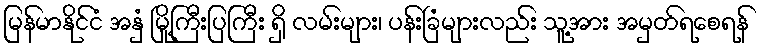
မြန်မာနိုင်ငံ အနှံ မြို့ကြီးပြကြီး ရှိ လမ်းများ၊ ပန်းခြံများလည်း သူ့အား အမှတ်ရစေရန်